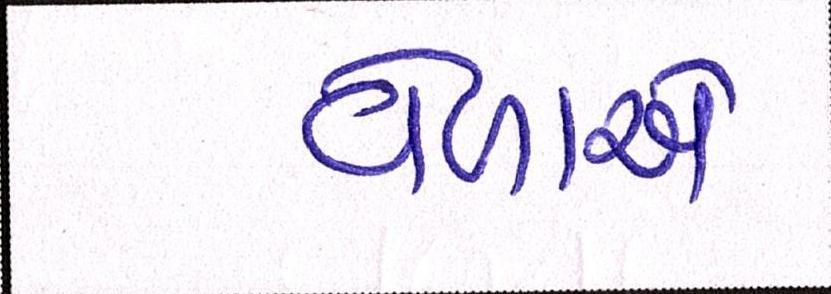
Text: વેળાએ